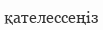
қателессеңіз